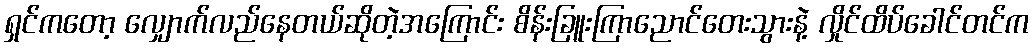
ရှင်ကတော့ လျှောက်လည်နေတယ်ဆိုတဲ့အကြောင်း စိန်းခြူးကြာညောင်တေးသွားနဲ့ လှိုင်ထိပ်ခေါင်တင်က